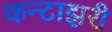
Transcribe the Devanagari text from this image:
कन्टाझरी